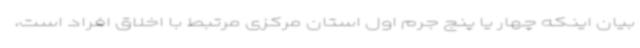
بیان اینکه چهار یا پنج جرم اول استان مرکزی مرتبط با اخلاق افراد است،